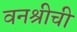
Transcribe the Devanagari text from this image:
वनश्रीची